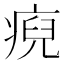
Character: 𤷅